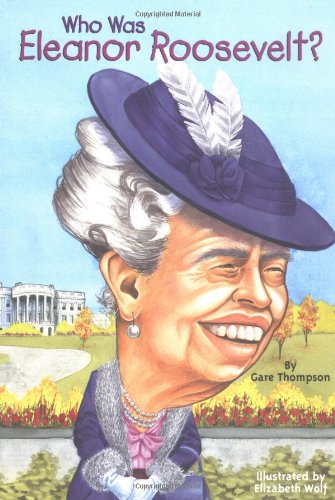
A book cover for Who Was Eleanor Roosevelt?; Gare Thompson; Children's Books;